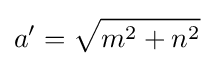
a'={\sqrt {m^{2}+n^{2}}}